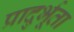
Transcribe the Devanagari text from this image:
प्रादुर्भूता